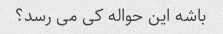
باشه این حواله کی می رسد؟